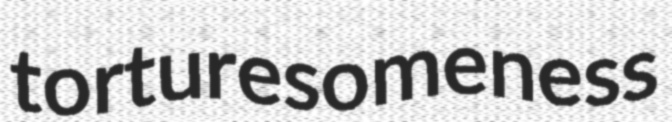
torturesomeness